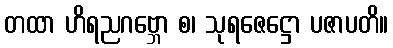
တထာ ဟိရညဂဗ္ဘော စ၊ သုရဇေဋ္ဌော ပဇာပတိ။